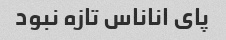
پای اناناس تازه نبود